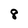
Character: 8